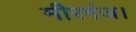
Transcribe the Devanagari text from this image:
मीरगंज।